Scottish Leaving Certificate Examination, 1960
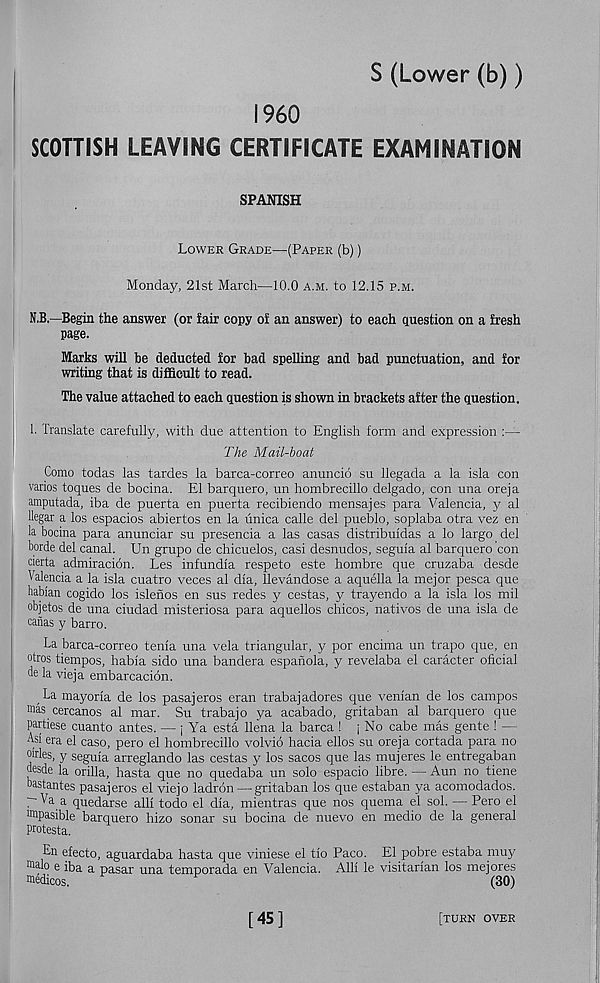
S (Lower (b))
i960
SCOTTISH LEAVING CERTIFICATE EXAMINATION
SPANISH
Lower Grade—(Paper (b))
Monday, 21st March—10.0 a.m. to 12.15 p.m.
N.B.—Begin the answer (or fair copy of an answer) to each question on a fresh
page.
Marks will be deducted for bad spelling and bad punctuation, and for
writing that is difficult to read.
The value attached to each question is shown in brackets after the question.
1. translate carefully, with clue attention to English form and expression :—
The Mail-boat
Como todas las tardes la barca-correo anuncio su llegada a la isla con
varies toques de bocina. El barquero, un hombrecillo delgado, con una oreja
amputada, iba de puerta en puerta recibiendo mensajes para Valencia, y al
llegar a los espacios abiertos en la unica calle del pueblo, soplaba otra vez en
la bocina para anunciar su presencia a las casas distribuidas a lo largo del
borde del canal. Un grupo de chicuelos, casi desnudos, segula al barquero con
cierta admiracion. Les infundla respeto este hombre que cruzaba desde
Valencia a la isla cuatro veces al dla, llevandose a aquella la mejor pesca que
habian cogido los islenos en sus redes y cestas, y trayendo a la isla los mil
objetos de una ciudad misteriosa para aquellos chicos, natives de una isla de
canas y barro.
La barca-correo tenia una vela triangular, y por encima un trapo que, en
otros tiempos, habla sido una bandera espanola, y revelaba el caracter oficial
de la vieja embarcacidn.
La mayorla de los pasajeros eran trabaj adores que venian de los campos
mas cercanos al mar. Su trabaj o ya acabado, gritaban al barquero que
partiese cuanto antes. — j Ya esta llena la barca ! j No cabe mas gente ! —
Asl era el caso, pero el hombrecillo volvio hacia ellos su oreja cortada para no
oirles, y segula arreglando las cestas y los sacos que las mujeres le entregaban
desde la orilla, hasta que no quedaba un solo espacio fibre. — Aun no tiene
bastantes pasajeros el viejo ladron — gritaban los que estaban ya acomodados.
~ Va a quedarse all! todo el dla, mientras que nos quema el sol. — Pero el
'mpasible barquero hizo sonar su bocina de nuevo en medio de la general
protesta.
En efecto, aguardaba hasta que viniese el tlo Paco. El pobre estaba muy
male e iba a pasar una temporada en Valencia. All! le visitarlan los mejores
medicos.
(30)
[45]
[turn over